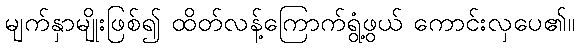
မျက်နှာမျိုးဖြစ်၍ ထိတ်လန့်ကြောက်ရွံ့ဖွယ် ကောင်းလှပေ၏။